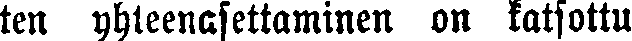
ten yhteenasettaminen on katsottu